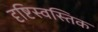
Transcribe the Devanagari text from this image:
दृष्टिस्वस्तिक